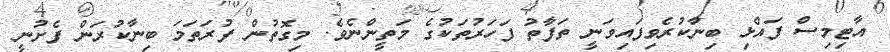
އާޓިމިސް ފައްޅި ބިނާކުރެވިފައިވަނީ ތަފާތު ފަހަރުތަކުގެ މަތީންނެވެ. މިގޮތުން ފުރަތަމަ ބިނާކުރަން ފެށުނީ